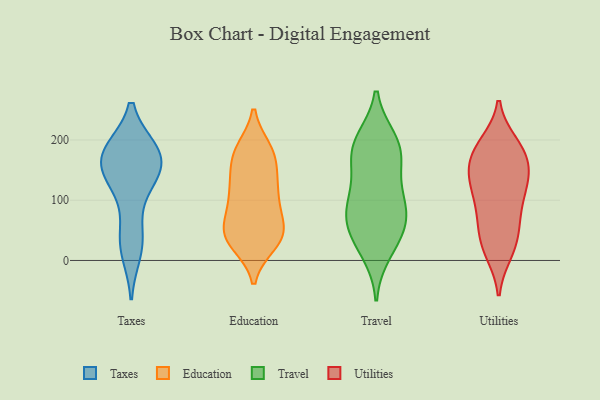
{"axis": {"x": "Backlog", "y": "Value"}, "legend": ["Education", "Taxes", "Travel", "Utilities"], "data": [{"x": "", "y": 170, "type": "Taxes"}, {"x": "", "y": 138, "type": "Taxes"}, {"x": "", "y": 179, "type": "Taxes"}, {"x": "", "y": 162, "type": "Taxes"}, {"x": "", "y": 180, "type": "Taxes"}, {"x": "", "y": 181, "type": "Taxes"}, {"x": "", "y": 16, "type": "Taxes"}, {"x": "", "y": 48, "type": "Taxes"}, {"x": "", "y": 179, "type": "Taxes"}, {"x": "", "y": 28, "type": "Taxes"}, {"x": "", "y": 135, "type": "Taxes"}, {"x": "", "y": 126, "type": "Taxes"}, {"x": "", "y": 161, "type": "Education"}, {"x": "", "y": 184, "type": "Education"}, {"x": "", "y": 103, "type": "Education"}, {"x": "", "y": 119, "type": "Education"}, {"x": "", "y": 179, "type": "Education"}, {"x": "", "y": 41, "type": "Education"}, {"x": "", "y": 178, "type": "Education"}, {"x": "", "y": 101, "type": "Education"}, {"x": "", "y": 72, "type": "Education"}, {"x": "", "y": 134, "type": "Education"}, {"x": "", "y": 184, "type": "Education"}, {"x": "", "y": 103, "type": "Education"}, {"x": "", "y": 36, "type": "Education"}, {"x": "", "y": 49, "type": "Education"}, {"x": "", "y": 28, "type": "Education"}, {"x": "", "y": 61, "type": "Education"}, {"x": "", "y": 28, "type": "Education"}, {"x": "", "y": 139, "type": "Education"}, {"x": "", "y": 45, "type": "Education"}, {"x": "", "y": 44, "type": "Education"}, {"x": "", "y": 42, "type": "Travel"}, {"x": "", "y": 199, "type": "Travel"}, {"x": "", "y": 163, "type": "Travel"}, {"x": "", "y": 197, "type": "Travel"}, {"x": "", "y": 91, "type": "Travel"}, {"x": "", "y": 15, "type": "Travel"}, {"x": "", "y": 181, "type": "Travel"}, {"x": "", "y": 42, "type": "Travel"}, {"x": "", "y": 74, "type": "Travel"}, {"x": "", "y": 111, "type": "Travel"}, {"x": "", "y": 174, "type": "Travel"}, {"x": "", "y": 67, "type": "Travel"}, {"x": "", "y": 98, "type": "Travel"}, {"x": "", "y": 42, "type": "Utilities"}, {"x": "", "y": 104, "type": "Utilities"}, {"x": "", "y": 151, "type": "Utilities"}, {"x": "", "y": 113, "type": "Utilities"}, {"x": "", "y": 118, "type": "Utilities"}, {"x": "", "y": 69, "type": "Utilities"}, {"x": "", "y": 132, "type": "Utilities"}, {"x": "", "y": 13, "type": "Utilities"}, {"x": "", "y": 125, "type": "Utilities"}, {"x": "", "y": 179, "type": "Utilities"}, {"x": "", "y": 160, "type": "Utilities"}, {"x": "", "y": 153, "type": "Utilities"}, {"x": "", "y": 67, "type": "Utilities"}, {"x": "", "y": 193, "type": "Utilities"}, {"x": "", "y": 194, "type": "Utilities"}, {"x": "", "y": 66, "type": "Utilities"}, {"x": "", "y": 20, "type": "Utilities"}, {"x": "", "y": 189, "type": "Utilities"}, {"x": "", "y": 19, "type": "Utilities"}, {"x": "", "y": 164, "type": "Utilities"}]}